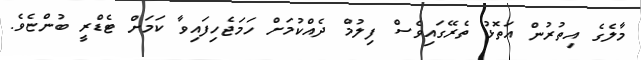
މާލެގެ އިތުރުން އަތޮޅު ތެރޭގައިވެސް ފިލުމް ދެއްކުމަށް ހަމަޖެހިފައިވާ ކަމަށް ޓެޑްރީ ބުންޏެވެ.